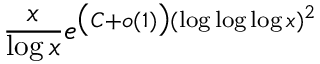
{ \frac { x } { \log x } } e ^ { { \big ( } C + o ( 1 ) { \big ) } ( \log \log \log x ) ^ { 2 } }